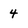
Character: 4